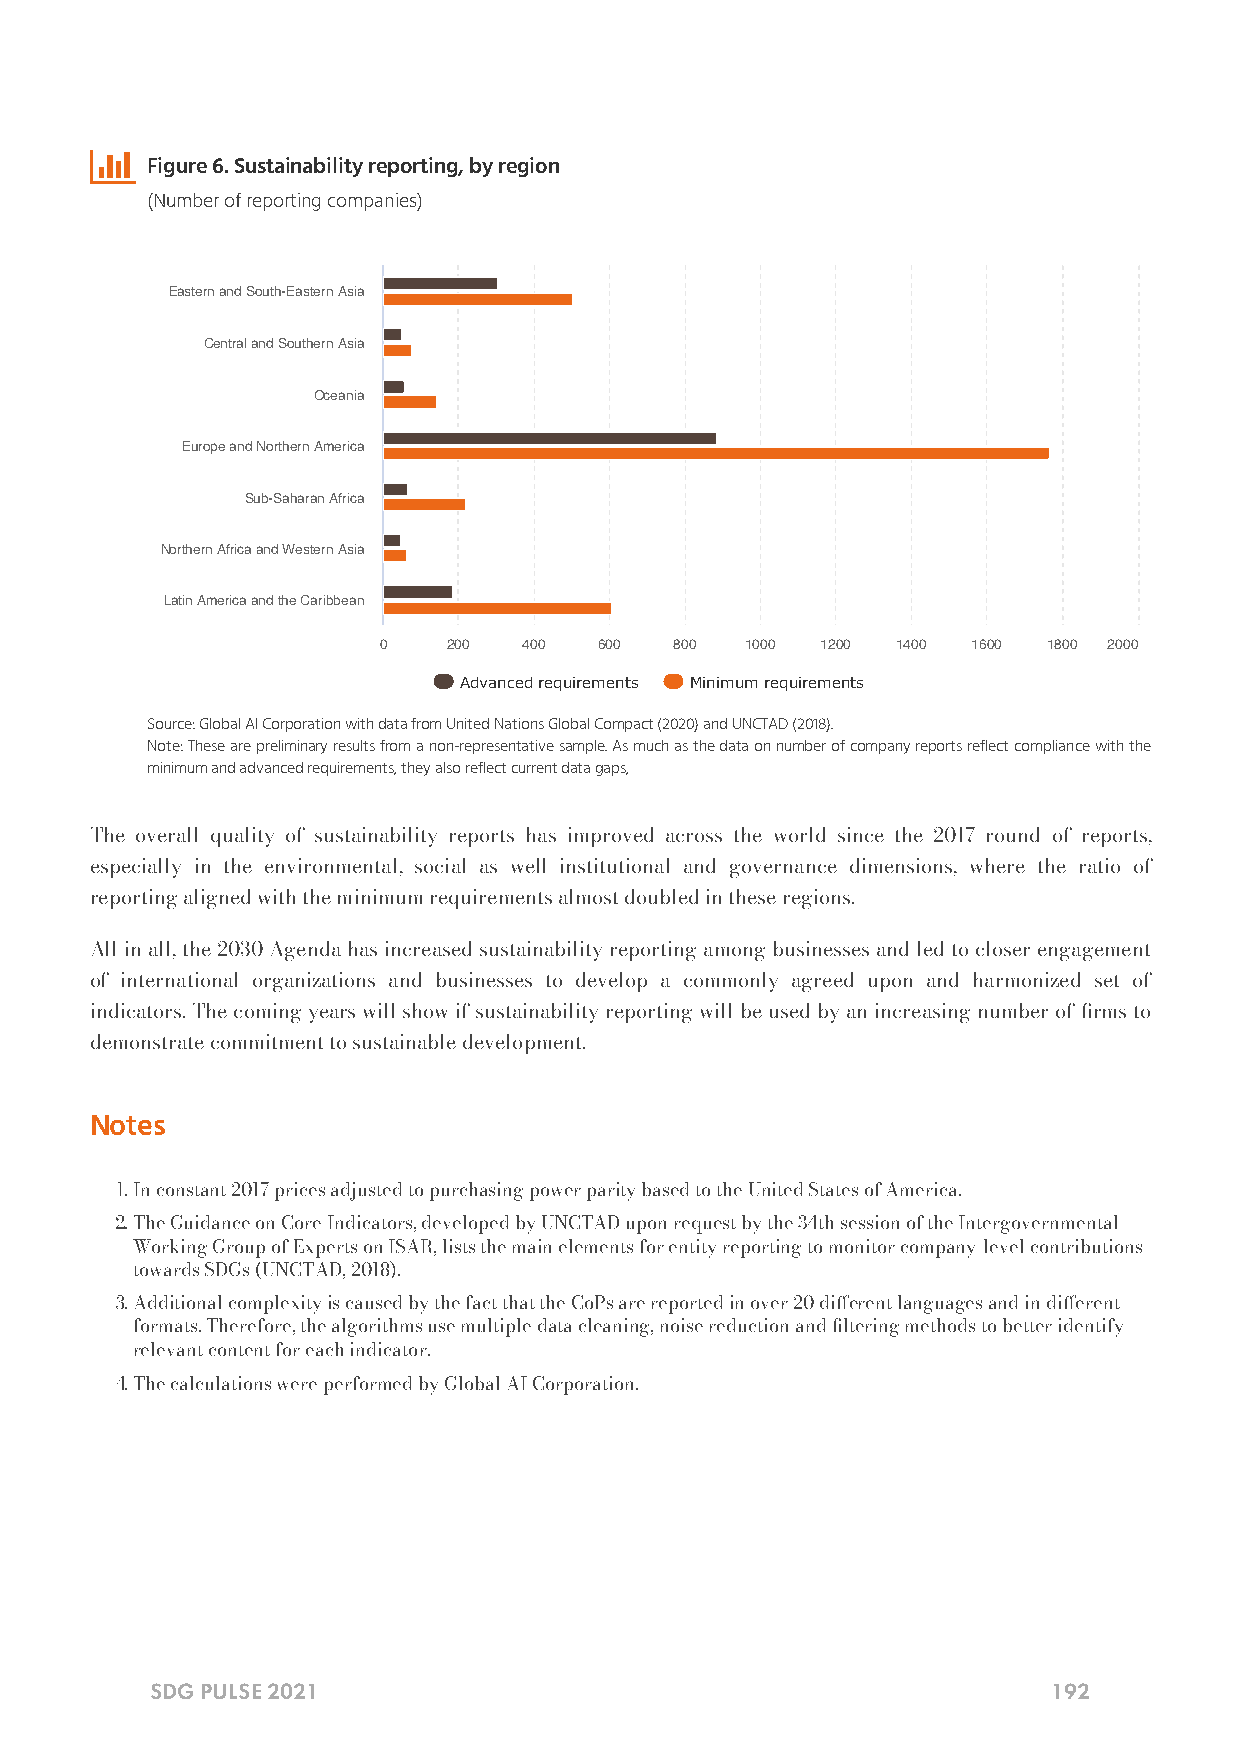

 Figure 6. Sustainability reporting, by region
 (Number of reporting companies)
 Eastern and South-Eastern Asia
 Central and Southern Asia
 Oceania
 Europe and Northern America
 Sub-Saharan Africa
 Northern Africa and Western Asia
 Latin America and the Caribbean
 0    200  400  600  800 1000 1200 1400 1600 1800 2000
 Advanced requirements Minimum requirements
 Source: Global AI Corporation with data from United Nations Global Compact (2020) and UNCTAD (2018).
 Note: These are preliminary results from a non-representative sample. As much as the data on number of company reports reflect compliance with the
 minimum and advanced requirements, they also reflect current data gaps,
 The overall quality of sustainability reports has improved across the world since the 2017 round of reports,
 especially in the environmental, social as well institutional and governance dimensions, where the ratio of
 reporting aligned with the minimum requirements almost doubled in these regions.
 All in all, the 2030 Agenda has increased sustainability reporting among businesses and led to closer engagement
 of international organizations and businesses to develop a commonly agreed upon and harmonized set of
 indicators. The coming years will show if sustainability reporting will be used by an increasing number of rms to
 demonstrate commitment to sustainable development.
 Notes
 .In constant 2017 prices adjusted to purchasing power parity based to the United States of America.
 .The Guidance on Core Indicators, developed by UNCTAD upon request by the 34th session of the Intergovernmental
 Working Group of Experts on ISAR, lists the main elements for entity reporting to monitor company-level contributions
 towards SDGs (UNCTAD, 2018).
 .Additional complexity is caused by the fact that the CoPs are reported in over 20 dierent languages and in dierent
 formats. Therefore, the algorithms use multiple data cleaning, noise reduction and ltering methods to better identify
 relevant content for each indicator.
 .The calculations were performed by Global AI Corporation.
 SDG PULSE 2021                                              192